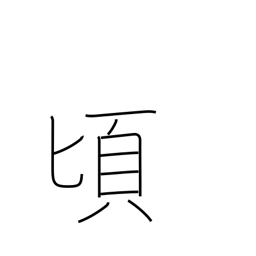
Meaning: toward